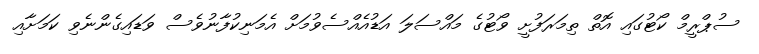
ސުޕްރީމް ކޯޓުގައި އޮތް ތިމަރަފުށީ ވޯޓުގެ މައްސަލަ އަޑުއެއްސެވުމަށް އެމަނިކުފާނުވެސް ވަޑައިގެންނެވި ކަމަށާއި